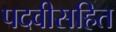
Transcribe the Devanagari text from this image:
पदवीसहित